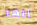
إنها